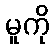
မူကို